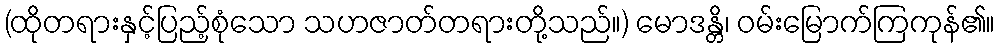
(ထိုတရားနှင့်ပြည့်စုံသော သဟဇာတ်တရားတို့သည်။) မောဒန္တိ၊ ဝမ်းမြောက်ကြကုန်၏။